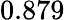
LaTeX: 0.879